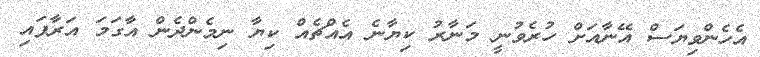
އެހެންވިޔަސް އޭނާއަށް ހުރެވުނީ މަނާރު ކިޔާނެ އެއްޗެއް ކިޔާ ނިމެންދެން އާގަމަ އަރާފައި